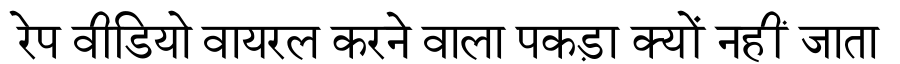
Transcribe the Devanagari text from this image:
रेप वीडियो वायरल करने वाला पकड़ा क्यों नहीं जाता